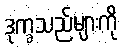
ဒုက္ခသည်များကို